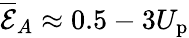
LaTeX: \overline{{\mathcal{E}}}_{A}\approx 0.5-3U_{\mathrm{p}}